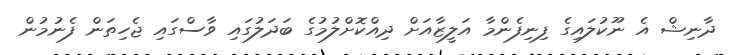
ދާނިޝް އެ ނޫކުލައިގެ ފިނިފެންމާ އަލީޒާއަށް ދިއްކޮށްލުމުގެ ބަދަލުގައި ވާސްގައި ޖެހިތަން ފެނުމުން